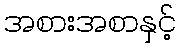
အစားအစာနှင့်